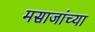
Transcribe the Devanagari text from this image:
मसाजांच्या